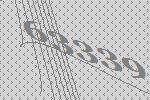
63339